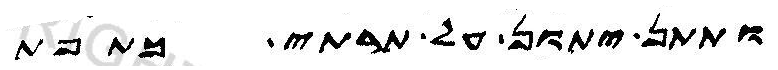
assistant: ותתן יתון על תרתי כתפת